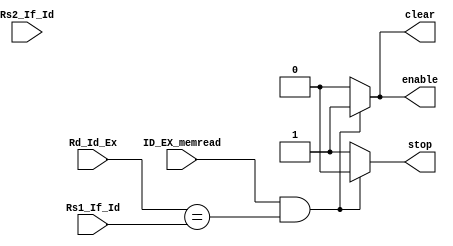
`timescale 1ns / 1ps
//////////////////////////////////////////////////////////////////////////////////
// Company: 
// Engineer: 
// 
// Design Name: 
// Module Name: stalling
// Project Name: 
// Target Devices: 
// Tool Versions: 
// Description: 
// 
// Dependencies: 
// 
// Revision:
// Revision 0.01 - File Created
// Additional Comments:
// 
//////////////////////////////////////////////////////////////////////////////////


module stalling(
input ID_EX_memread,
input[4:0] Rd_Id_Ex,
input [4:0]Rs1_If_Id,
input[4:0]Rs2_If_Id,
output clear,
output stop,
output enable

    );
reg flag_clear,flag_stop,en;
assign clear=flag_clear;
assign stop=flag_stop;
assign enable=en;


always @(*)
  begin
    if((ID_EX_memread==1)&&((Rd_Id_Ex==Rs1_If_Id)|(Rd_Id_Ex==Rs1_If_Id)))
      begin
      flag_clear=1;
      flag_stop=0;
      en=1;
      end
    else
     begin
     flag_clear=0;
      flag_stop=1;
      en=0;
     end    
  end
  
endmodule